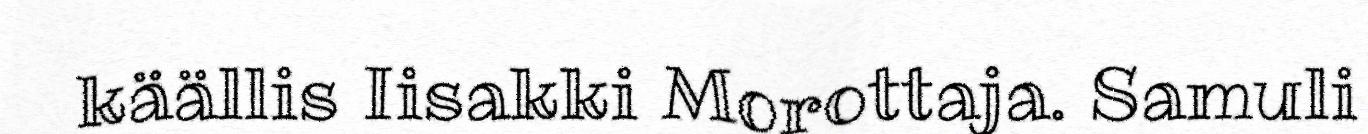
käällis Iisakki Morottaja. Samuli